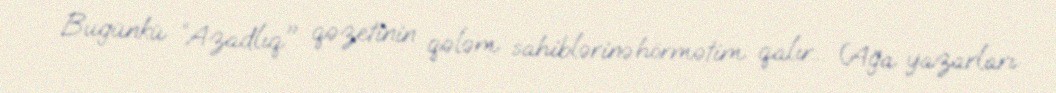
Bugünkü ”Azadlıq" qəzetinin qələm sahiblərinə hörmətim qalır... (Ağa yazarları